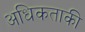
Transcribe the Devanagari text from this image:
अधिकताकी